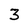
Character: 3